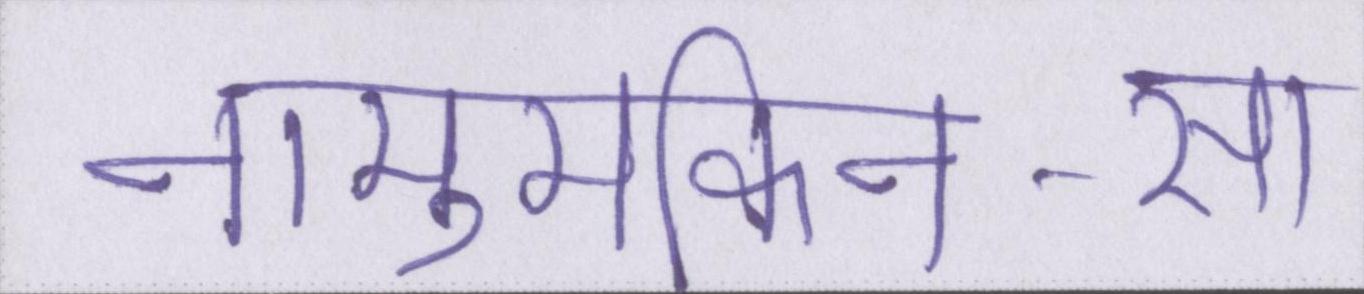
नामुमकिन-सा